Tezpur Lunatic Asylum reports 1895-1904 - 1895-1904
Year: 1895
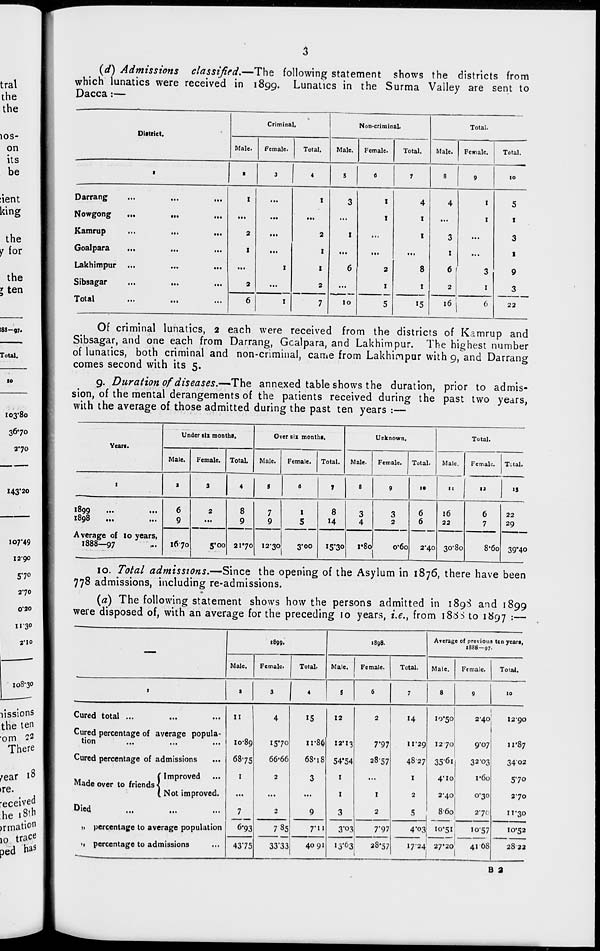
10S-
on
its
be
the
10
I43' 20
107-49
1290
5'7°
2-70
0'20
11-3°
2'10
IO8-30
(d) Admissions classified.—The following statement shows the districts from
which lunatics were received in 1899. Lunatics in the Surma Valley are sent to
Dacca:—
District,
Criminal,
Non-criminal.
Total.
Male.
Female.
Total.
Male.
Female.
Total.
Male.
Female.
Total.
1
t
3
4
5
0
7
8
9
10
Darrang
...
...
...
Nowgong
...
...
Kamrup
...
...
...
Goalpara
...
...
...
Lakhimpur
Sibsagar
...
...
...
I
2
I
2
I
I
2
I
I
2
3
1
6
10
I
I
2
I
4
I
I
8
1
4
3
1
6
2
1
1
3
1
5
1
3
1
9
3
Total
...
...
...
6
I
7
5
15
16
6
22
Of criminal lunatics, 2 each were received from the districts of Kamrup and
Sibsagar, and one each from Darrang, Gcalpara, and Lakhimpur. The highest number
of lunatics, both criminal and non-criminal, came from Lakhimpur with 9, and Darrang
comes second with its 5.
9. Duration of diseases.—-The annexed table shows the duration, prior to admis-
sion, of the mental derangements of the patients received during the past two years,
with the average of those admitted during the past ten years :—
Yean.
Under six months.
Over six months.
Unknown,
Total.
Male.
Female. Total.
Male.
Female.
Total.
Male.
Female.
Total.
Male.
Female. Tctal.
1
a
3
4
3
0
1
8
9
IS
11
12
IS
1899
...
...
I098
...
...
6
9
2
8
9
7
9
1
5
8
3
4
3
2
6
6
16
22
6
7
22
29
Average of lo years,
1888—97
1670
5" 00 2170 1230
3*oo
15 § 3o i'8o
o'6o 2-40 30-80
8'6o 39'4o
10. Total admissions.—Since the opening of the Asylum in 1876, there have been
778 admissions, including re-admissions.
(a) The following statement shows how the persons admitted in 189S and 1899
were disposed of, with an average for the preceding ro years, i.e., from 18^5 to 1897 :—
1899.
1898.
Average of previous ten years,
1888—97.
Male.
Female.
Total.
Male.
Female.
Total.
Male.
Female.
Total.
1
a
3
4
5
6
7
8
9
10
Cured total ...
Cured percentage of average popula-
tion
...
...
...
Cured percentage of admissions
...
( Improved
Made over to friends <
(Not improved.
Died
...
...
II
10-89
68-75
1
6-93
4
1570
66-66
2
2
15
11-86
68-18
3
9
12
12*13
54*54
1
1
3
2
7'97
2857
1
2
14
11-29
4827
1
2
5
10-50
1270
35<5i
4'10
2-40
860
2-40
9-07
32-03
i-6o
0-30
27c
1290
11-87
3402
570
2*70
11-30
11 percentage to average population
7 85
7-11
3*°3
7*97
4"o3 10-51
10-57
10-52
•1 percentage to admissions
4375
33"33
4091
13*63
28-57
I724 27'20
4168
28 32
B 2